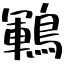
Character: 鶤